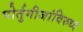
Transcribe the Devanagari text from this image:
पोर्तुगीजांविरुध्द